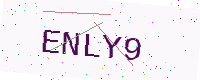
Text: ENLY9